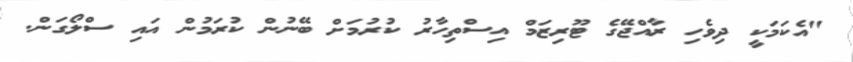
"އެކަމަކީ ދިވެހި ރާއްޖޭގެ ޓޫރިޒަމް އިސްތިހާރު ކުރުމަށް ބޭނުން ކުރަމުން އައި ސްލޯގަން.